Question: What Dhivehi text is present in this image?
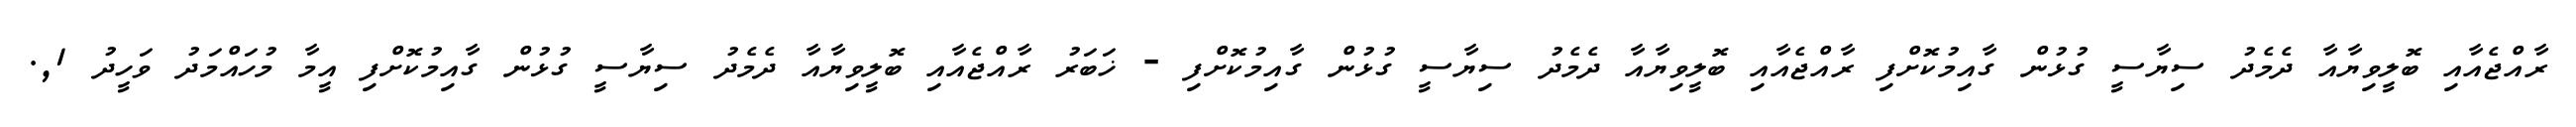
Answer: ރާއްޖެއާއި ބޮލީވިޔާއާ ދެމެދު ސިޔާސީ ގުޅުން ގާއިމުކޮށްފި ރާއްޖެއާއި ބޮލީވިޔާއާ ދެމެދު ސިޔާސީ ގުޅުން ގާއިމުކޮށްފި - ޚަބަރު ރާއްޖެއާއި ބޮލީވިޔާއާ ދެމެދު ސިޔާސީ ގުޅުން ގާއިމުކޮށްފި އީމާ މުހައްމަދު ވަހީދު 1,.